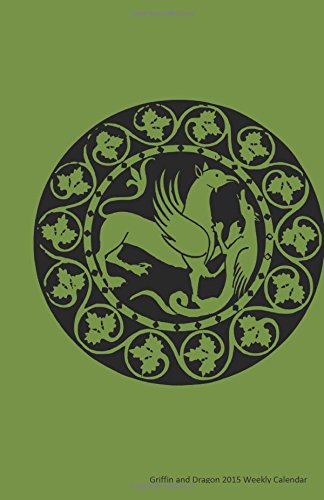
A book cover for Griffin and Dragon 2015 Weekly Calendar: 2015 week by week calendar with an illustration of a griffin and a dragon, like in the Harry Potter stories, on the cover; K Rose; Calendars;